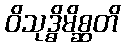
ဝိသုဒ္ဓိမိစ္ဆတိ